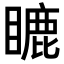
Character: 𥉶